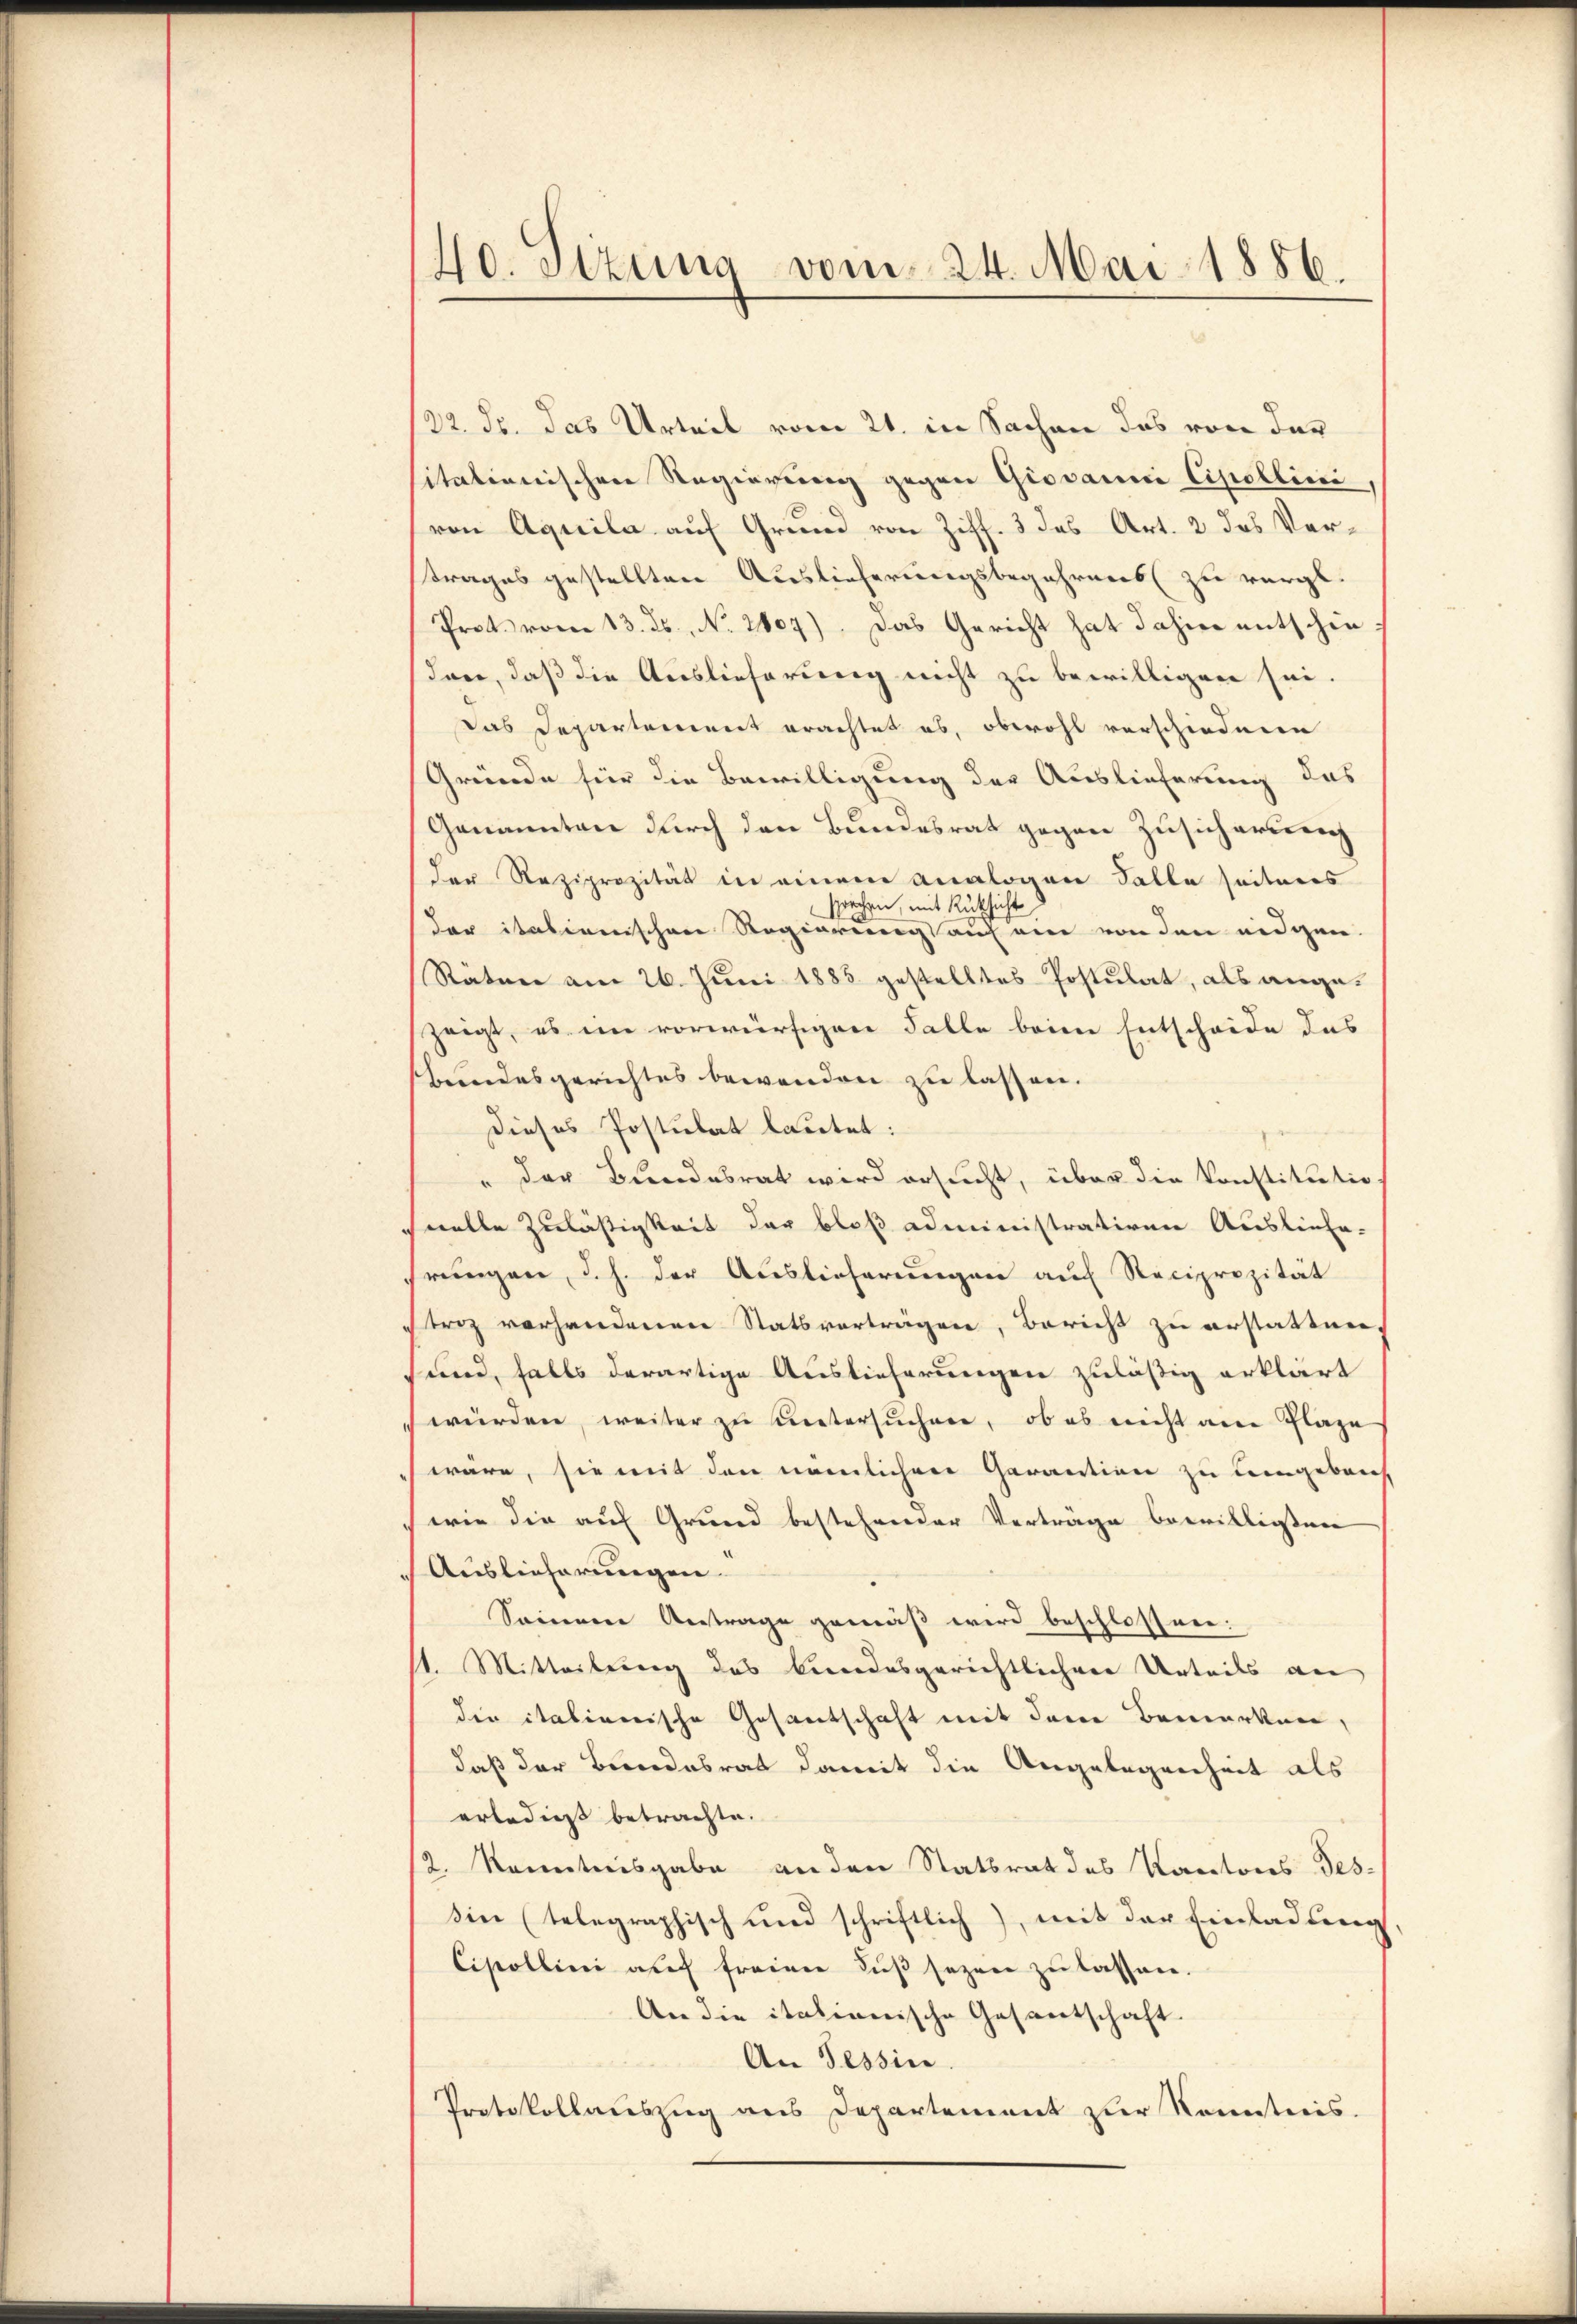
40. Sizung vom 24. Mai 1886.

22. ds. das Urteil vom 21. in Sachen das von der
sitationischen Regierung gegen Giovanni Cipellini,
von Aquila auf Grund von Ziff. 3 das Art. 2 das Vertrages gestellten Auslieferungsbegehrens zu vergl.
Prots vom 13. ds. No. 2107). Das Gericht hat dahin entschieston, daß die Auslieferung nicht zu bewilligen sei.
Das Departement erachtet es, obwohl verschiedene
Gründe für die Bewilligung der Auslieferung das
Genannten durch den Bundesrat gegen Zusicherten
der Reziprozität in einem Analogen Falle seitens
sprochen, mit Rücksicht
der italienischen Regierung auf ein von den eidgen.
Stäten am 26. Juni 1885 gestelltes Postulat, als angezeigt, es im vorwürfigen Falle beim Entscheide das
Bundesgerichtes bewenden zu lassen.
dieses Postulat lautet:
" der Bundesrat wird ersucht, über die Konstitutio
chnelle Zuläßigkeit der bloß administrativen Ausliefe-
srungen, d. h. der Auslieferungen auf Reciprozität
striz vorhandenen Statsverträgen, Bericht zu erstatten,
und, falls derartige Auslieferungen zuläßig erklärt
würden, weiter zu untersŭchere, ob es nicht am Plaze
wäre, sie mit den nämlichen Garantion zu Leingebrach
(wie die auf Grund bestehender Verträge bewilligten
Auslieferungen.
Seinern Antrage gemäß wird beschlossen.
1. Mitteilung des bindesgerichtlichere Urteils an
die italienische Gesantschaft mit dere Bemerken,
daß der Bundesrat damit die Angelegenheit als
erledigst betrachte.
2. Kenntnisgabe an den Statsrat des Kantons Tes-
din (telegraphisch und schriftlich), mit der Einladung
Cistollini auf freien Fuß sezen zu lassen.
An die itationische Gesantschaft
An Tessin.
Protokollauszug aus Departement zur Kenntnis.